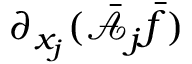
\partial _ { x _ { j } } ( \bar { \mathcal { A } } _ { j } \bar { f } )